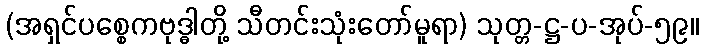
(အရှင်ပစ္စေကဗုဒ္ဓါတို့ သီတင်းသုံးတော်မူရာ) သုတ္တ-ဋ္ဌ-ပ-အုပ်-၅၉။